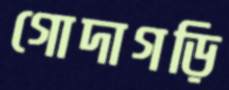
গোদাগড়ি